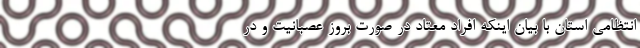
انتظامی استان با بیان اینکه افراد معتاد در صورت بروز عصبانیت و در